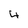
Character: 4